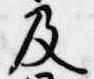
及